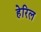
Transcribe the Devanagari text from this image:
हेरिल